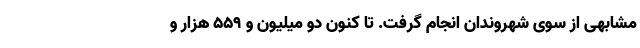
مشابهی از سوی شهروندان انجام گرفت. تا کنون دو میلیون و ۵۵۹ هزار و